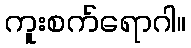
ကူးစက်ရောဂါ။